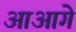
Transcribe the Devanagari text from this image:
आआगे